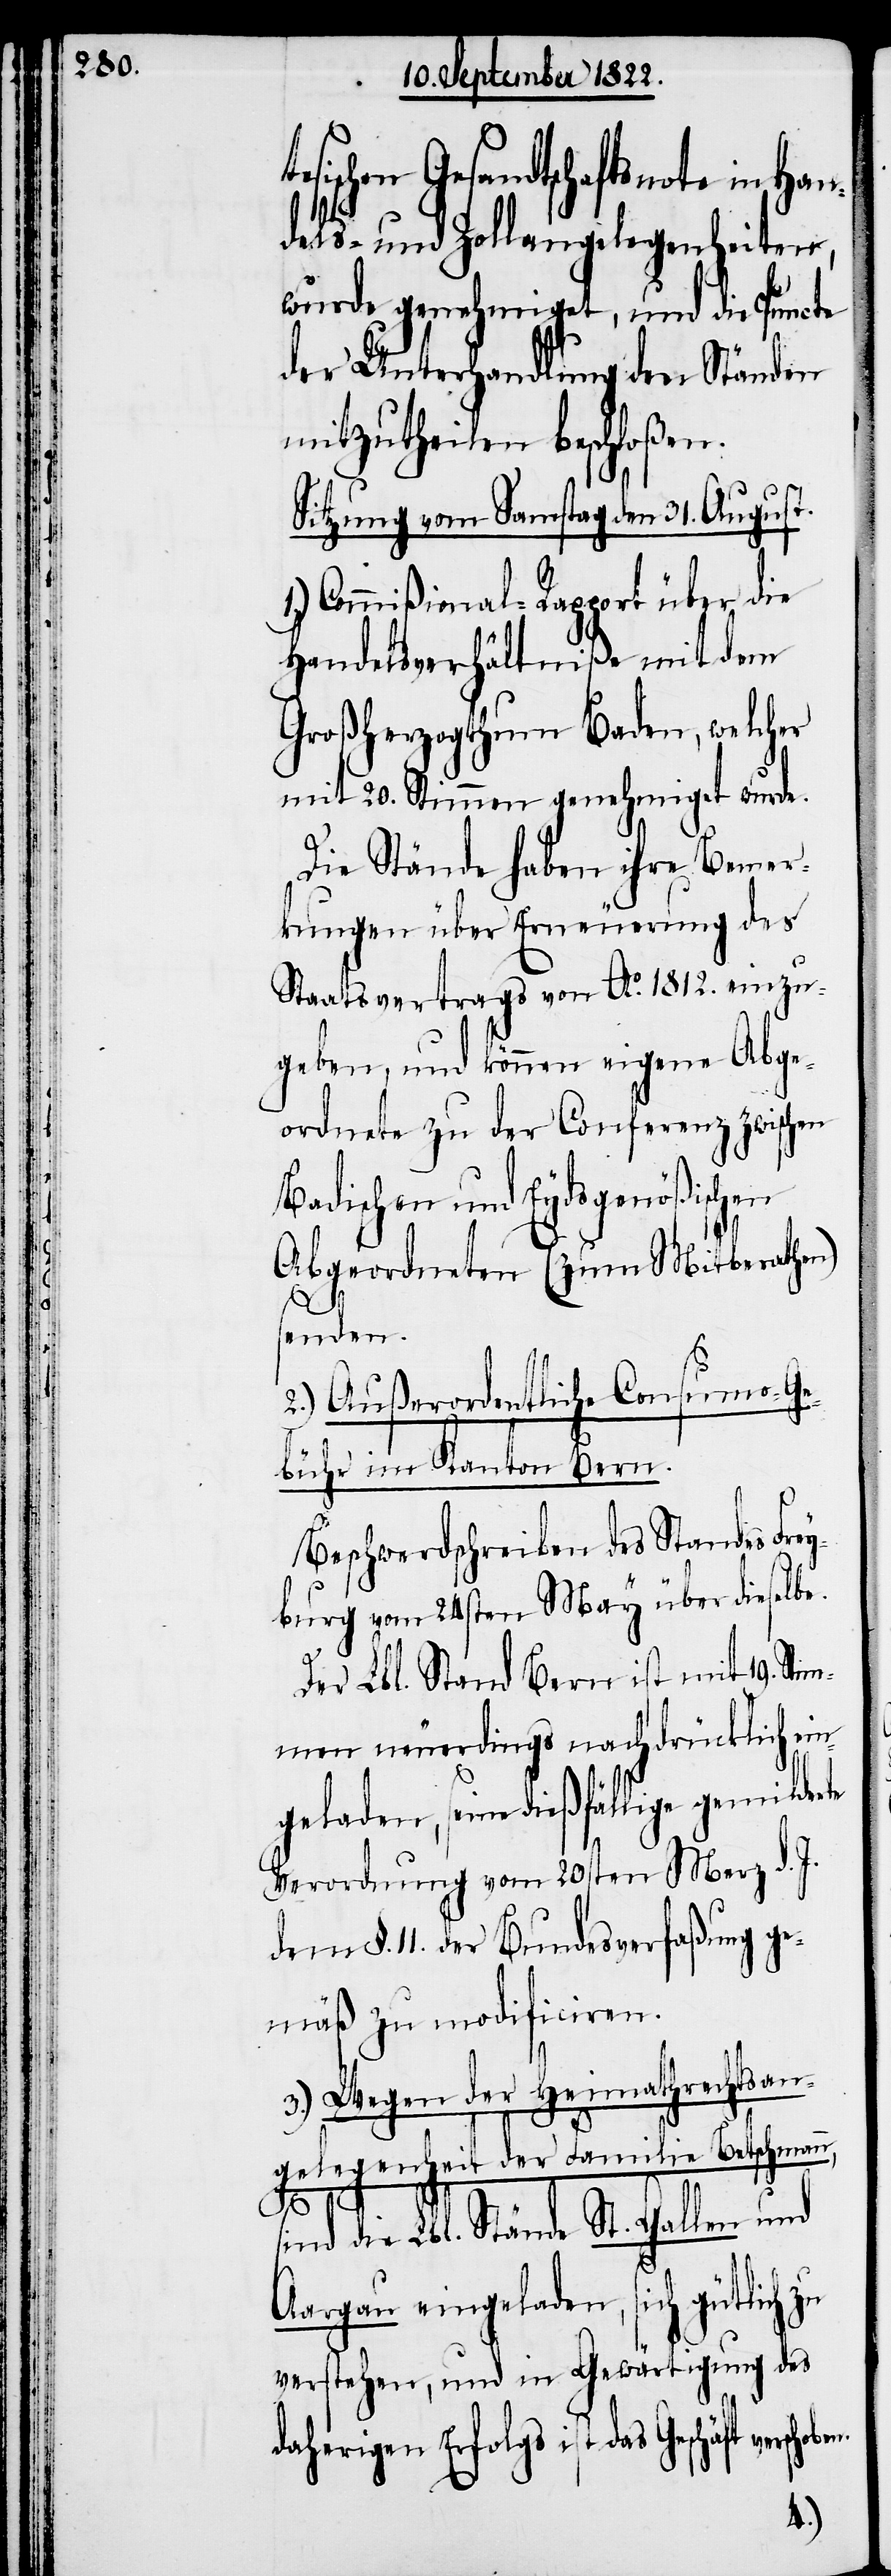
Gesandtschaftsnote in Han¬
dels- und Zollangelegenheiten,
wurde genehmiget, und die Puncte
der Unterhandlung den Ständen
mitzutheilen beschloßen.
Sitzung vom Samstag den 31. August.
Commißional-Rapport über die
Handelsverhältniße mit dem
Großherzogthum Baden, welcher
mit 20. Stimmen genehmiget wurde.
Die Stände haben ihre Bemer¬
kungen über Erneuerung des
Staatsvertrags von Ao. 1812. einzu¬
geben, und können eigene Abge¬
ordnete zu der Conferenz zwischen
Badischen und Eydsgenößischen
Abgeordneten (zum Mitberathen)
senden.
2.) Außerordentliche Consumo-Ge¬
bühr im Kanton Bern.
Beschwerdschreiben des Standes Frey¬
burg vom 24sten May über dieselbe.
Der Lbl. Stand Bern ist mit 19. Sti¬
mmen neuerdings nachdrücklich ei¬
ngeladen, seine dießfällige gemilderte
Verordnung vom 20sten Merz d. J.
dem §. 11. der Bundesverfaßung ge¬
mäß zu modificiren.
3.) Wegen der Heimathsan¬
gelegenheit der Familie Betschman¬
n,
sind die Lbl. Stände St. Gallen und
Aargau eingeladen, sich gütlich zu
verstehen, und in Gewärtigung des
daherigen Erfolgs ist das Geschäft
1.)